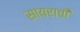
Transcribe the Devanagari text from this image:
सायराची